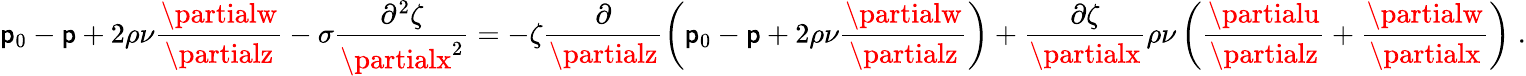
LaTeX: \mathsf{p}_{0}-\mathsf{p}+2\rho\nu\frac{{\partialw}}{{\partialz}}-\sigma\frac{{\partial^{2}\zeta}}{{\partialx^{2}}}=-\zeta\frac{{\partial}}{{\partialz}}\left(\mathsf{p}_{0}-\mathsf{p}+2\rho\nu\frac{{\partialw}}{{\partialz}}\right)+\frac{{\partial\zeta}}{{\partialx}}\rho\nu\left(\frac{{\partialu}}{{\partialz}}+\frac{{\partialw}}{{\partialx}}\right)\; .